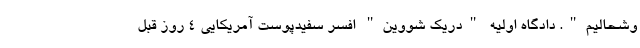
وشحالیم". دادگاه اولیه "دریک شووین" افسر سفیدپوست آمریکایی 4 روز قبل